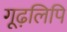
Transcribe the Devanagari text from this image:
गूढ़लिपि